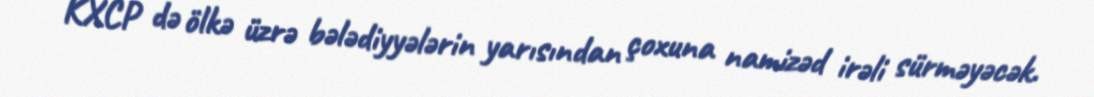
KXCP də ölkə üzrə bələdiyyələrin yarısından çoxuna namizəd irəli sürməyəcək.